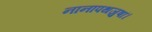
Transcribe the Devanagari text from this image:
नानापथजुषां।